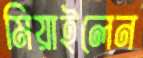
মিয়াইলেন